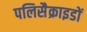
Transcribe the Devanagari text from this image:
पलिसैक्राइडों